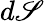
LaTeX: d\mathscr{S}